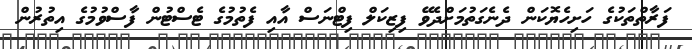
ފަރާތްތަކުގެ ހަށިހެޔޮކަން ދެނެގަތުމަށްދެވޭ ފިޒިކަލް ފިޓްނަސް އާއި ފެތުމުގެ ޓެސްޓުން ފާސްވުމުގެ އިތުރުން